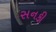
સનકી